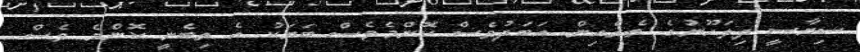
ސިޔާސީ ދިލަހޫނުގެ ތެރެއިން އަބަދުވެސް ކޮންމެވެސް ބަޔަކު އެ ތިބެނީ ކޮންމެ ވެސް